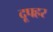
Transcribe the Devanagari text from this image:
दूपहर